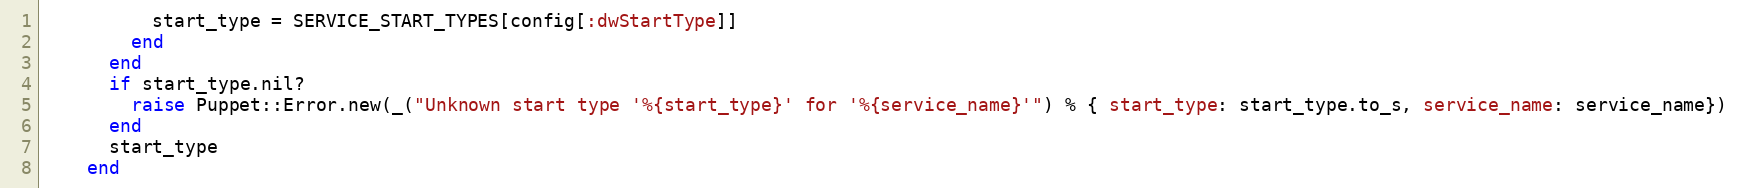
Language: Ruby
          start_type = SERVICE_START_TYPES[config[:dwStartType]]
        end
      end
      if start_type.nil?
        raise Puppet::Error.new(_("Unknown start type '%{start_type}' for '%{service_name}'") % { start_type: start_type.to_s, service_name: service_name})
      end
      start_type
    end